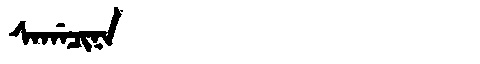
Manchu: ᠰᠠᡤᠠᠴᡳᠨᠠ
Romanization: SAGACINA